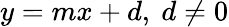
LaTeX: y=mx+d,\ d\neq 0